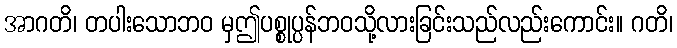
အာဂတိ၊ တပါးသောဘဝ မှဤပစ္စုပ္ပန်ဘဝသို့လားခြင်းသည်လည်းကောင်း။ ဂတိ၊